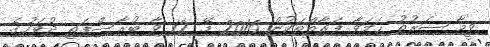
ވީމާ ޝަރުޠު ހަމަވާ ފަރާތްތަކުން 2016 މޭ 12 ވާ ބުރާސްފަތި ދުވަހުގެ